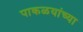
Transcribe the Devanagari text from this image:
पाकळयांच्या